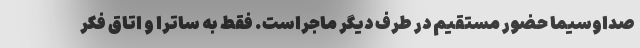
صداوسیما حضور مستقیم در طرف دیگر ماجراست. فقط به ساترا و اتاق فکر